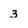
Character: 3